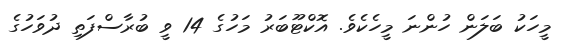
މީހަކު ބަލަން ހުންނަ މީހެކެވެ. އޮކްޓޫބަރު މަހުގެ 14 ވީ ބުރާސްފަތި ދުވަހުގެ